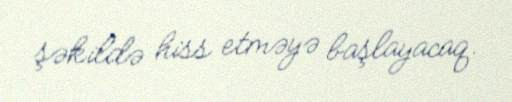
şəkildə hiss etməyə başlayacaq.